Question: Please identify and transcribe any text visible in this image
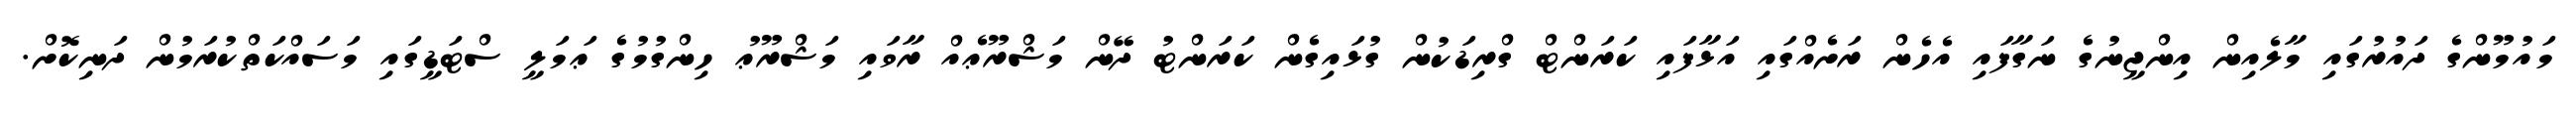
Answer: މައުމޫންގެ ދައުރުގައި މާލެއިން އިންޖީނުގެ ނަގާފައި އެހެން ރަށެއްގައި އަޅާފައި ކަރަންޓް ގްރިޑަކުން ގުޅައިގެން ކަރަންޓު ދޭން މަޝްރޫޢެއް ރާވައި މަޝްރޫޢު ހިންގުމުގެ ޢަމަލީ ސްޓަޑީގައި މަސައްކަތްކުރަމުން ދަނިކޮށް.